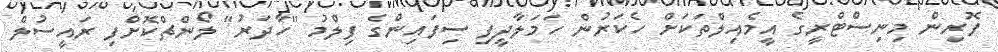
ފޮރިން މިނިސްޓްރީގެ އީމެއިލްތަކަށް ހެކަރުން ހަމަލާދީފި ސިފައިންގެ ފިލްމު "ހާދަރު" ލޯންޗްކޮށްފި ރައީސުލް